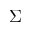
\Sigma